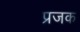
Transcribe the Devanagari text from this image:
प्रजक